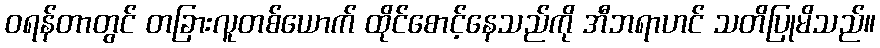
ဝရန်တာတွင် တခြားလူတစ်ယောက် ထိုင်စောင့်နေသည်ကို အီဘရာဟင် သတိပြုမိသည်။